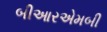
બીઆરએમબી